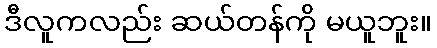
ဒီလူကလည်း ဆယ်တန်ကို မယူဘူး။